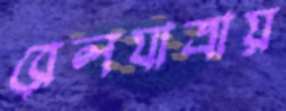
রেলযাত্রায়